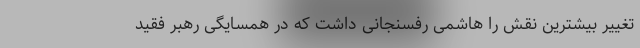
تغییر بیشترین نقش را هاشمی رفسنجانی داشت که در همسایگی رهبر فقید